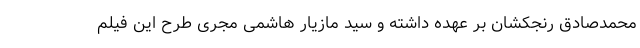
محمدصادق رنجکشان بر عهده داشته و سید مازیار هاشمی مجری طرح این فیلم